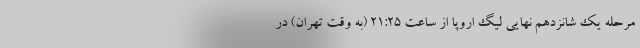
مرحله یک شانزدهم نهایی لیگ اروپا از ساعت ۲۱:۲۵ (به وقت تهران) در